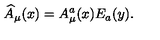
\widehat { A } _ { \mu } ( x ) = A _ { \mu } ^ { a } ( x ) E _ { a } ( y ) .